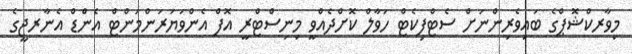
މިވާރކްޝޮޕްގެ ބައިވެރިންނަށް ސެޓްފިކެޓް ހަވާލް ކޮށްދެއްވީ މިނިސްޓްރީ އޮފް އެންވަޔަރަންމަންޓް އެންޑް އެނާރޖީގެ